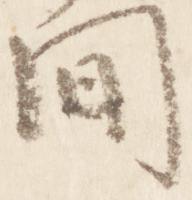
間